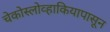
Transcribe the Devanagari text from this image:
चेकोस्लोव्हाकियापासून